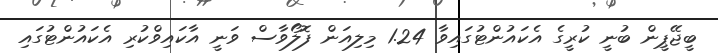
ބީޖޭޕީން ބުނީ ކުރީގެ އެކައުންޓުގައިވާ 1.24 މިލިއަން ފޮލޯވާސް ވަނީ އާކައިވްކުރި އެކައުންޓުގައި